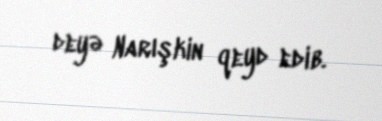
deyə Narışkin qeyd edib.